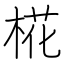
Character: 椛